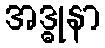
အဒ္ဓုနာ